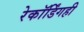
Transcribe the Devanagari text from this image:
रेकॉर्डिंगही